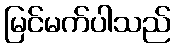
မြင်မက်ပါသည်